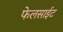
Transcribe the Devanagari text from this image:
फेलसाईट